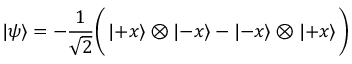
\left| \psi \right\rangle = - { \frac { 1 } { \sqrt { 2 } } } { \bigg ( } \left| + x \right\rangle \otimes \left| - x \right\rangle - \left| - x \right\rangle \otimes \left| + x \right\rangle { \bigg ) }